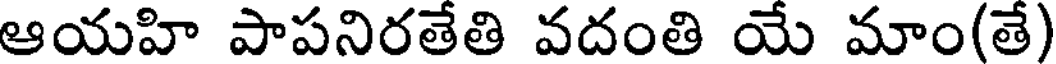
ఆయహి పాపనిరతేతి వదంతి యే మాం(తే)